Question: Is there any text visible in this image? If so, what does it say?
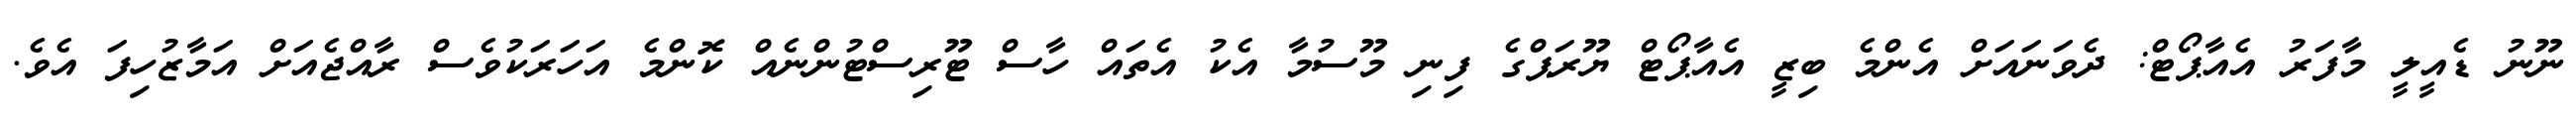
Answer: ނޫނު ޑެއީލީ މާފަރު އެއާޕޯޓް: ދެވަނައަށް އެންމެ ބިޒީ އެއާޕޯޓް ޔޫރަޕްގެ ފިނި މޫސުމާ އެކު އެތައް ހާސް ޓޫރިސްޓުންނެއް ކޮންމެ އަހަރަކުވެސް ރާއްޖެއަށް އަމާޒުހިފަ އެވެ.